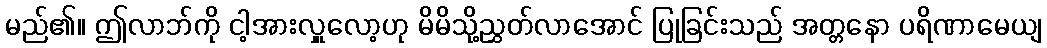
မည်၏။ ဤလာဘ်ကို ငါ့အားလှူလော့ဟု မိမိသို့ညွှတ်လာအောင် ပြုခြင်းသည် အတ္တနော ပရိဏာမေယျ